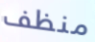
منظف